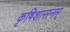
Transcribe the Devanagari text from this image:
कृषिशासनम्